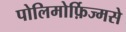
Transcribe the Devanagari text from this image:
पोलिमोर्फ़िज्मसे